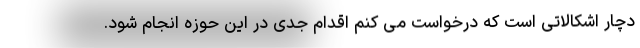
دچار اشکالاتی است که درخواست می کنم اقدام جدی در این حوزه انجام شود.